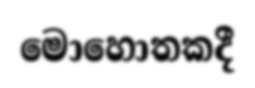
මොහොතකදී